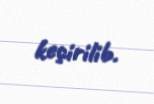
keçirilib.